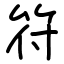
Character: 符